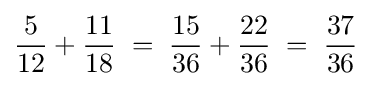
{\frac {5}{12}}+{\frac {11}{18}}\;=\;{\frac {15}{36}}+{\frac {22}{36}}\;=\;{\frac {37}{36}}